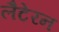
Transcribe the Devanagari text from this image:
लैटेरन